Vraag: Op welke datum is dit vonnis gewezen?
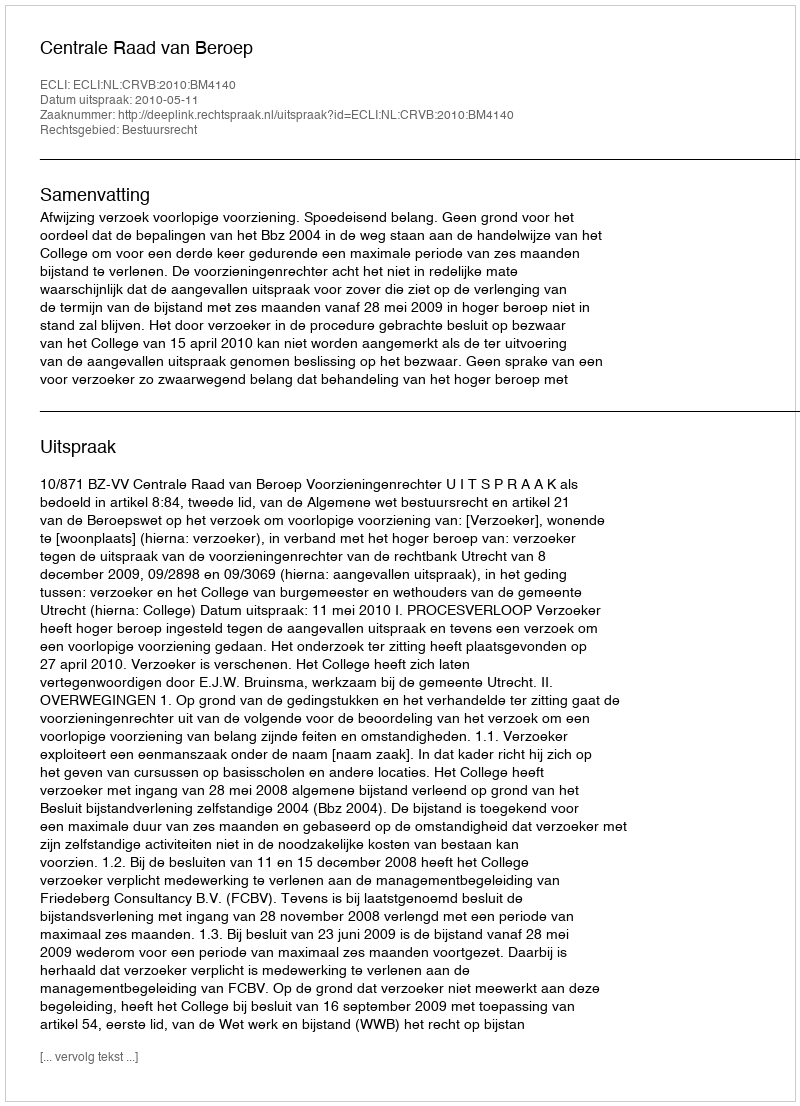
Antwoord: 2010-05-11